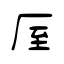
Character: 厔